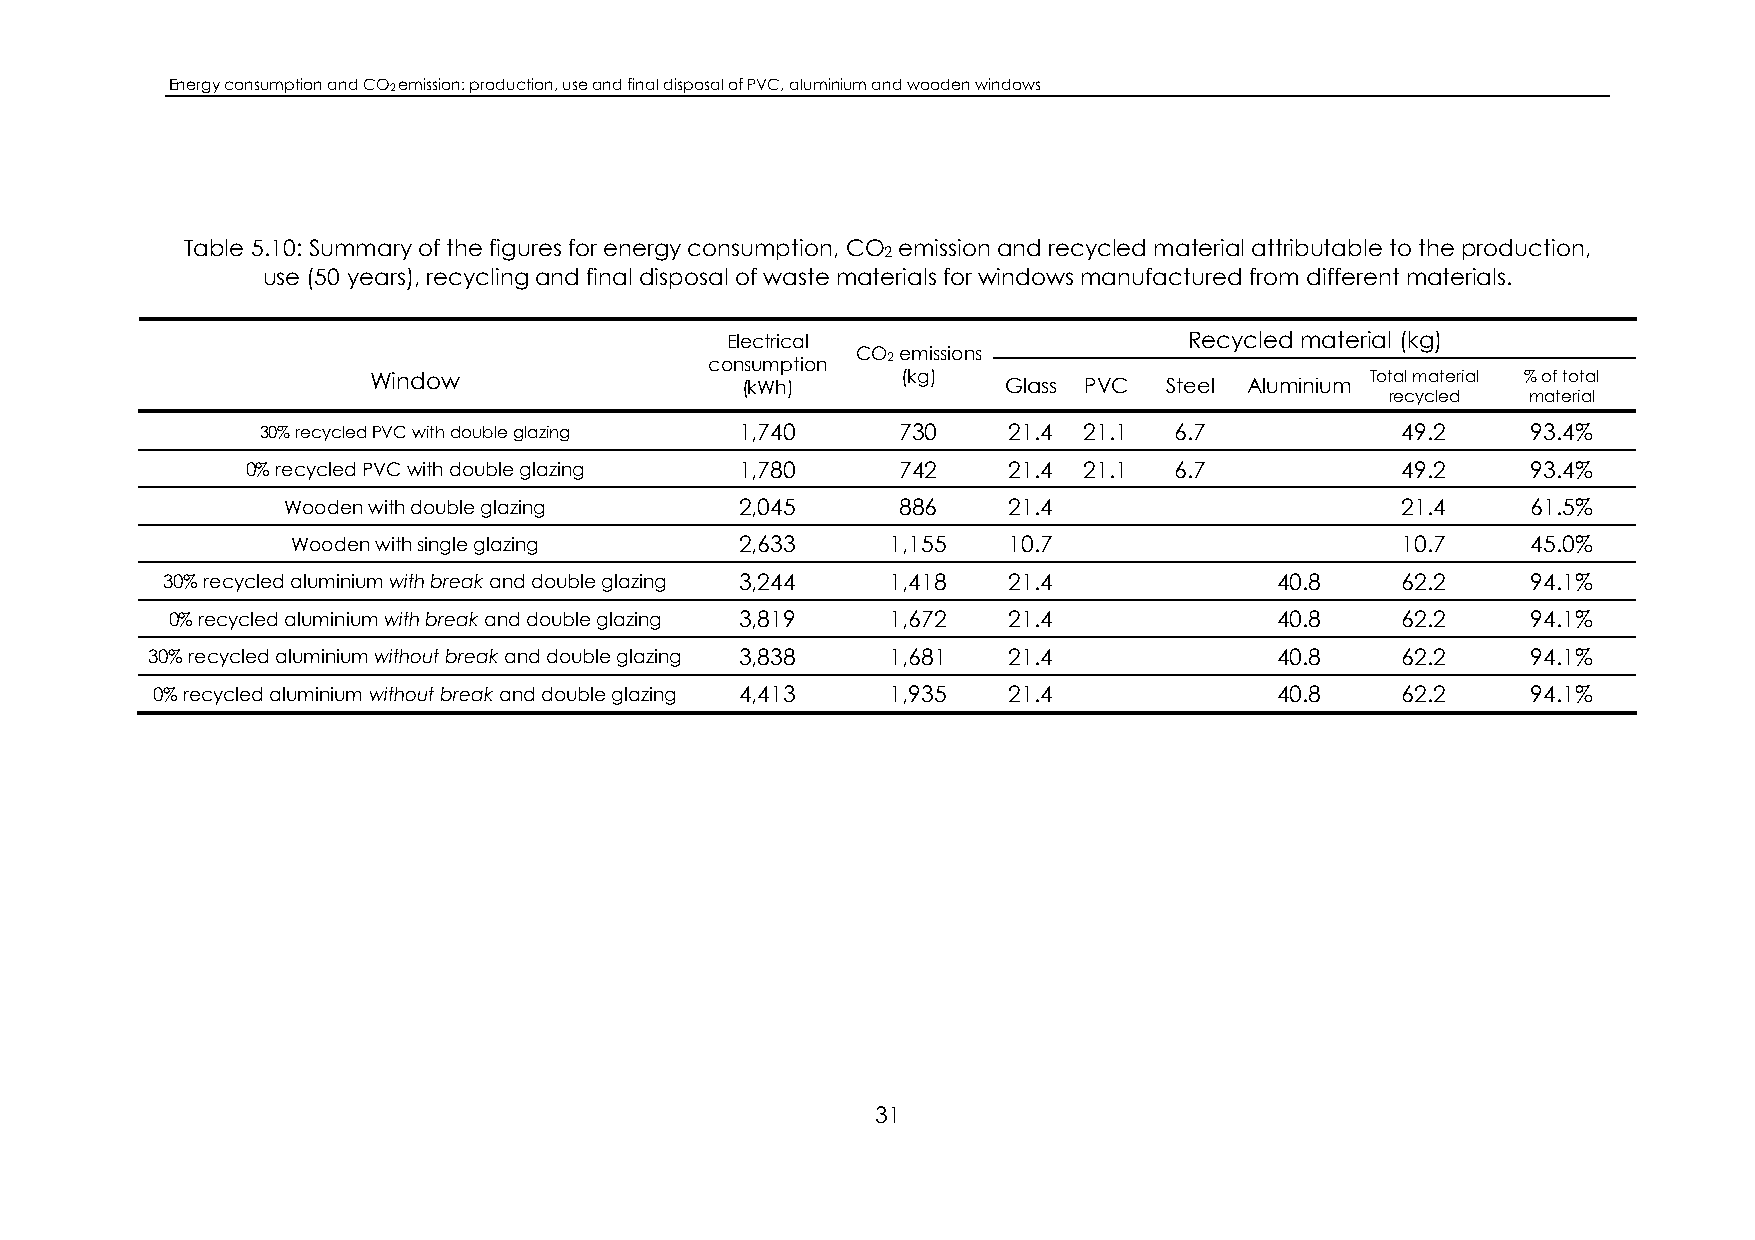
Energy consumption and CO2 emission: production, use and final disposal of PVC, aluminium and wooden windows
 Table 5.10: Summary of the figures for energy consumption, CO emission and recycled material attributable to the production,
 2
 use (50 years), recycling and final disposal of waste materials for windows manufactured from different materials.
 Electrical                     Recycled material (kg)
 consumption
 CO2 emissions
 Window                   (kWh)      (kg)   Glass PVC Steel Aluminium Total material % of total
 recycled material
 30% recycled PVC with double glazing 1,740 730    21.4 21.1  6.7            49.2    93.4%
 0% recycled PVC with double glazing 1,780   742    21.4 21.1  6.7            49.2    93.4%
 Wooden with double glazing    2,045      886    21.4                      21.4    61.5%
 Wooden with single glazing    2,633     1,155   10.7                      10.7    45.0%
 30% recycled aluminium with break and double glazing 3,244 1,418 21.4     40.8    62.2    94.1%
 0% recycled aluminium with break and double glazing 3,819 1,672 21.4      40.8    62.2    94.1%
 30% recycled aluminium without break and double glazing 3,838 1,681 21.4   40.8    62.2    94.1%
 0% recycled aluminium without break and double glazing 4,413 1,935 21.4    40.8    62.2    94.1%
 31